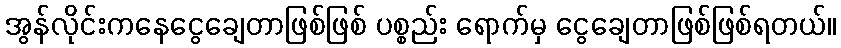
အွန်လိုင်းကနေငွေချေတာဖြစ်ဖြစ် ပစ္စည်း ရောက်မှ ငွေချေတာဖြစ်ဖြစ်ရတယ်။